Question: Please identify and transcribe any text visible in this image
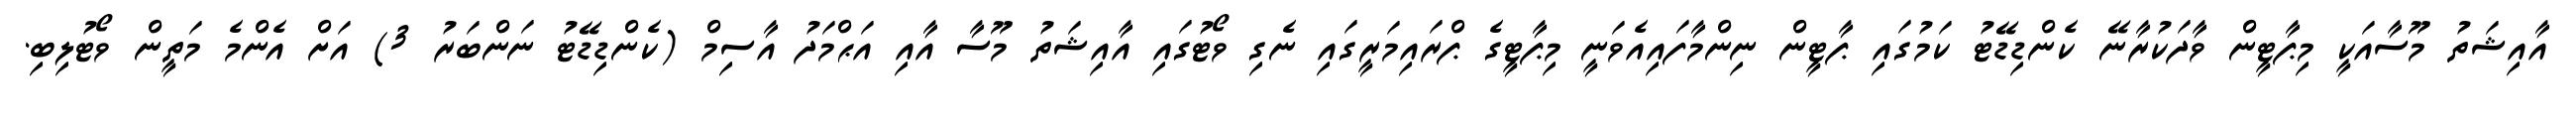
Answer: އާއިޝަތު މޫސާއަކީ މިޕާޓީން ވާދަކުރާނޭ ކެންޑިޑޭޓު ކަމުގައި ޕާޓީން ނިންމާފައިއެވަނީ މިޕާޓީގެ ޕްރައިމަރީގައި ނެގި ވޯޓުގައި އާއިޝަތު މޫސާ އާއި އަޙްމަދު އާސިމް (ކެންޑިޑޭޓު ނަންބަރު 3) އަށް އެންމެ މަތީން ވޯޓުލިބި.